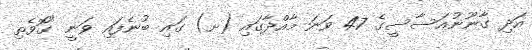
އަދި ގާނޫނުއަސާސީގެ 47 ވަނަ މާއްދާގައި (ށ) ގައި ބުނެފައި ވަނީ "ގޮވެތި